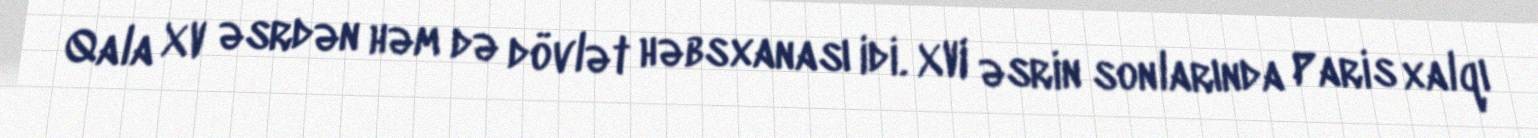
Qala XV əsrdən həm də dövlət həbsxanası idi. XVI əsrin sonlarında Paris xalqı